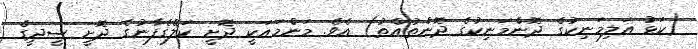
(ކަޅު އަލިމަނިކުގެ ދޮންމަނިކުގެ ދޮންތުއްތު) އެވެ. މަންމައަކީ ދޮށީ ކަލޭގެފާނުގެ ދޮށީ ސީދީގެ